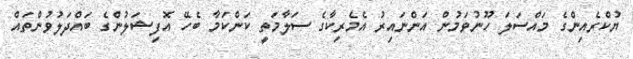
ޔުކްރެއިންގެ މައްސަލަ ހޫނުވަމުން އަންނައިރު އެމެރިކާގެ ސަލާމަތީ ކަންކަމާ ބެހޭ އޮފިޝަލުންގެ ބައްދަލުވުންތައް